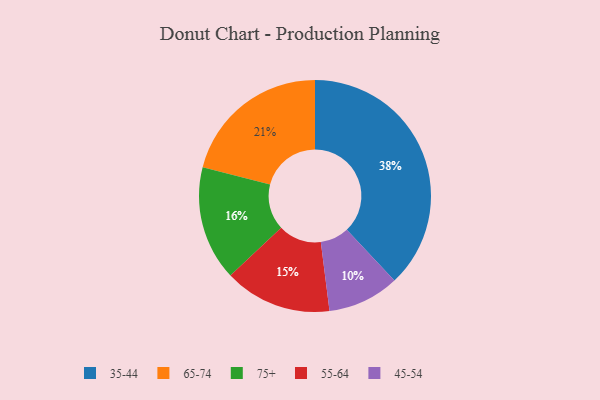
{"axis": {"x": "Category", "y": "Percentage"}, "legend": ["35-44", "45-54", "55-64", "65-74", "75+"], "data": [{"x": "75+", "y": 16, "type": "75+"}, {"x": "55-64", "y": 15, "type": "55-64"}, {"x": "35-44", "y": 38, "type": "35-44"}, {"x": "65-74", "y": 21, "type": "65-74"}, {"x": "45-54", "y": 10, "type": "45-54"}]}